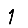
Digit: 1